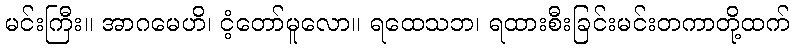
မင်းကြီး။ အာဂမေဟိ၊ ငံ့တော်မူလော။ ရထေသဘ၊ ရထားစီးခြင်းမင်းတကာတို့ထက်